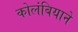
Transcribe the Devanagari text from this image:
कोलंबियाने